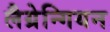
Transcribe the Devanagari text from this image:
लैग्रेन्गियन